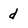
Character: d